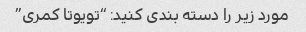
مورد زیر را دسته بندی کنید: “تویوتا کمری”